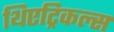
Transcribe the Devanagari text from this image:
थिएट्रिकल्स